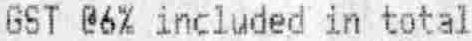
GST @6% INCLUDED IN TOTAL